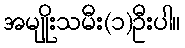
အမျိုးသမီး(၁)ဦးပါ။